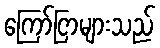
ကြော်ငြာများသည်